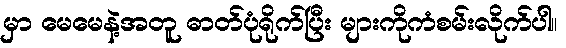
မှာ မေမေနဲ့အတူ ဓာတ်ပုံရိုက်ပြီး များကိုကံစမ်းလိုက်ပါ။